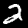
Digit: 2